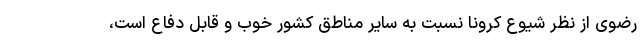
رضوی از نظر شیوع کرونا نسبت به سایر مناطق کشور خوب و قابل دفاع است،